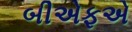
બીએફએ